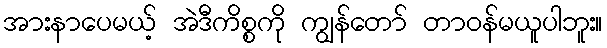
အားနာပေမယ့် အဲဒီကိစ္စကို ကျွန်တော် တာဝန်မယူပါဘူး။